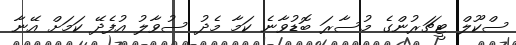
ސްކޫލް ޓީޗަރުންގެ މުސާރަ ބޮޑުވާނެ ކަމާ މެދު ސުވާލު އުފެދޭ ކަމަށް އޭނާ